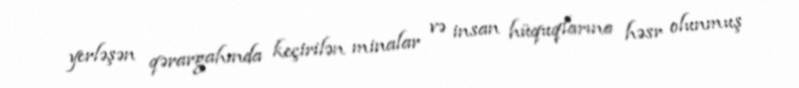
yerləşən qərargahında keçirilən minalar və insan hüquqlarına həsr olunmuş